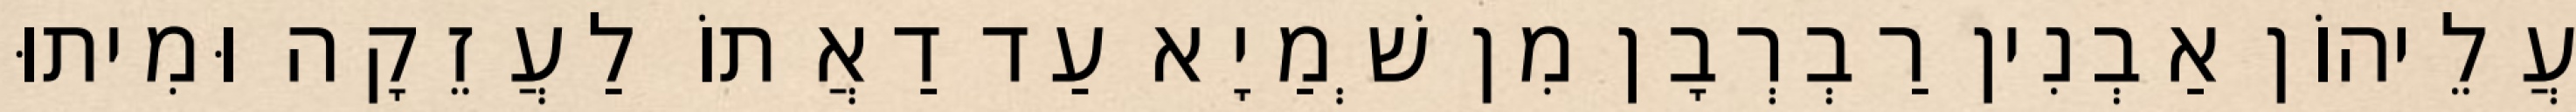
עֲלֵיהוֹן אַבְנִין רַבְרְבָן מִן שְׁמַיָא עַד דַאֲתוֹ לַעֲזֵקָה וּמִיתוּ